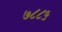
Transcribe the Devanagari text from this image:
७८८५